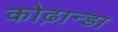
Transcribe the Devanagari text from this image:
कोढ़ान्‍डा